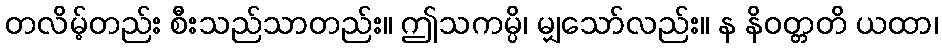
တလိမ့်တည်း စီးသည်သာတည်း။ ဤသကမ္ပိ၊ မျှသော်လည်း။ န နိဝတ္တတိ ယထာ၊